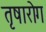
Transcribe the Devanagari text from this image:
तृषारोग